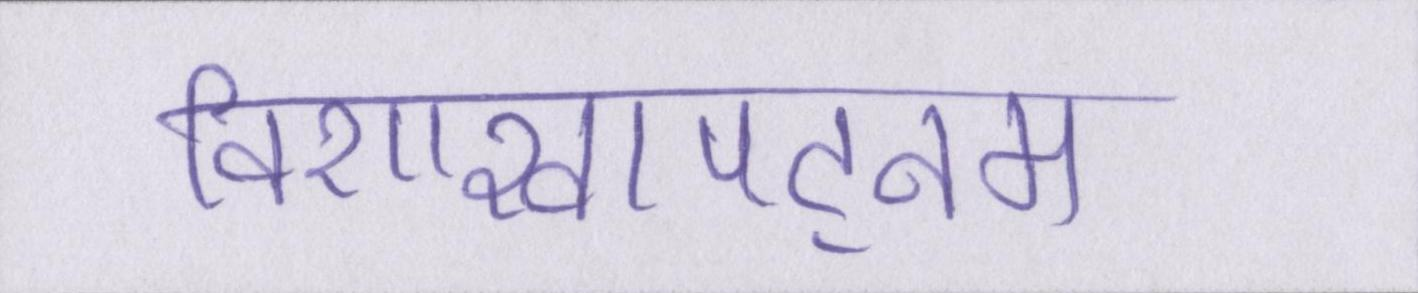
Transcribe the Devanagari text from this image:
विशाखापट्नम